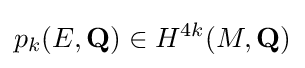
p_{k}(E,\mathbf {Q} )\in H^{4k}(M,\mathbf {Q} )